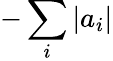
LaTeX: -\sum_{i}|a_{i}|